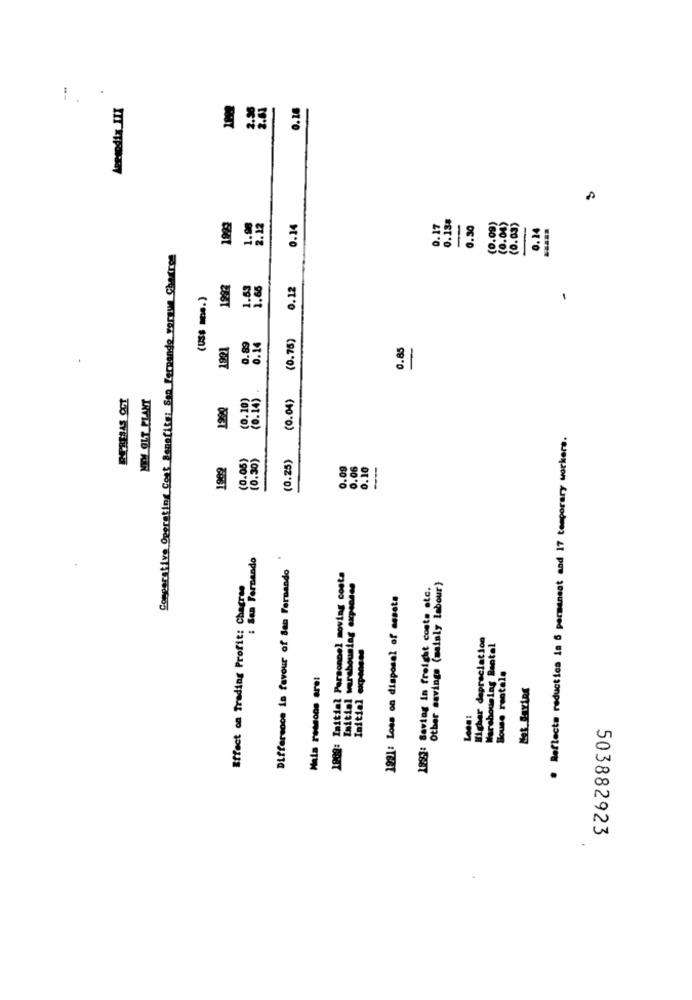
Leesodix IIX
2.96
2.63
0.26
0.13#
1999
1.98
2.12
0.24
0.17
0.30
(0.00)
10.00
(0.0s)
0.14
Comparativo Operating Cost Benefite: San Fernando vorgue Checres
1993
1.53
1.65
0.12
(USS -. )
(0.75)
1921
0.89
0.14
0.85
-
BPRESAS OCT
NEW OLT PLANT
(0.14)
(0.04)
(0.10)
# Reflects reductica in 6 permanent and 17 temporary workers.
(0.05)
(0.30)
(0.25)
1982
0.09
0.06
0.10
-
San Fernando
Difference in favour of San Fernando
Effect on Trading Profit: Chagree
1909: Initial Personnel moving costa
Initial warshousing expenses
1993: Saving in freight costs etc.
Other savings (mainly labour)
1991: Loss on disposal of assets
Higher depreciation
Initial expenses
Warshousing Rental
Mala reasons are:
Bouse rentals
503882923